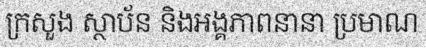
ក្រសួង ស្ថាប័ន និងអង្គភាពនានា ប្រមាណ